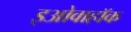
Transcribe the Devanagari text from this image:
इओवाहॉक